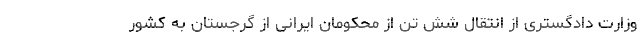
وزارت دادگستری از انتقال شش تن از محکومان ایرانی از گرجستان به کشور